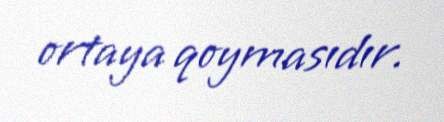
ortaya qoymasıdır.